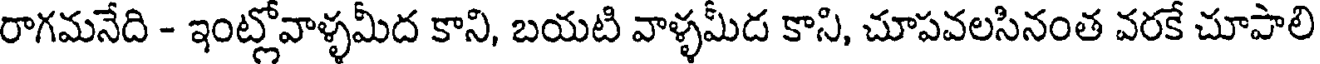
రాగమనేది - ఇంట్లోవాళ్ళమీద కాని, బయటి వాళ్ళమీడ కాని, చూపవలసినంత వరకే చూపాలి